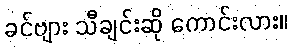
ခင်ဗျား သီချင်းဆို ကောင်းလား။